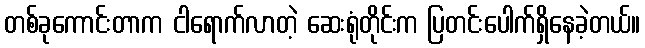
တစ်ခုကောင်းတာက ငါရောက်လာတဲ့ ဆေးရုံတိုင်းက ပြတင်းပေါက်ရှိနေခဲ့တယ်။